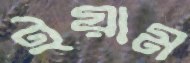
ইয়াম